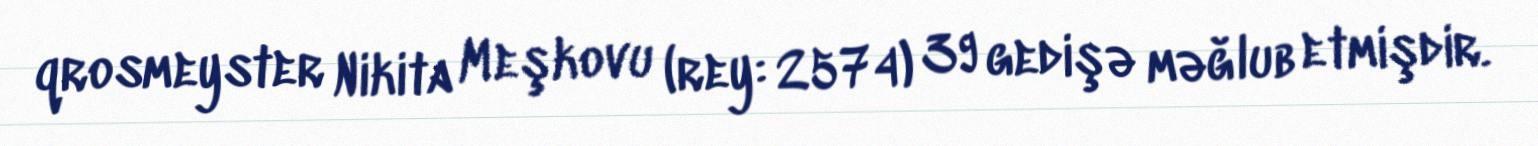
qrosmeyster Nikita Meşkovu (rey: 2574) 39 gedişə məğlub etmişdir.